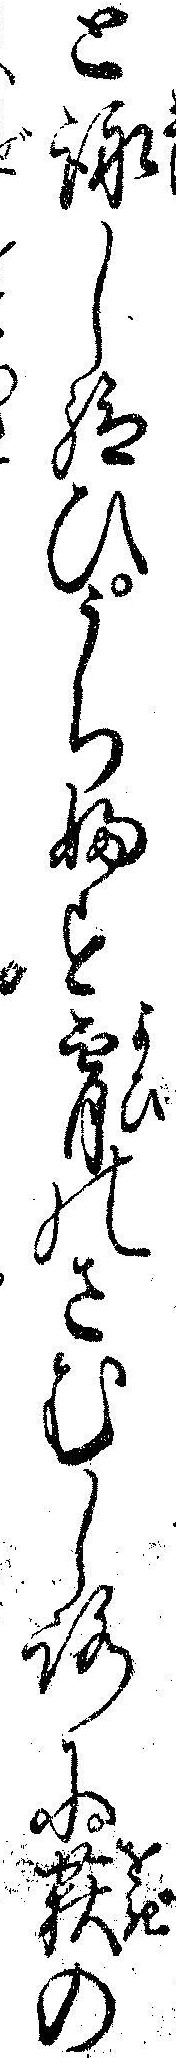
と詠し給ひうちふす宵のさむしろに荻の